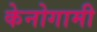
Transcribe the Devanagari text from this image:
केनोगामी